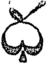
ధ